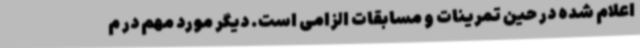
اعلام شده در حین تمرینات و مسابقات الزامی است. دیگر مورد مهم در م